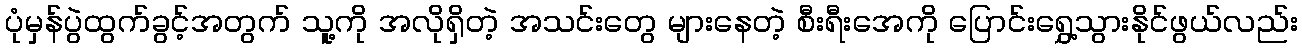
ပုံမှန်ပွဲထွက်ခွင့်အတွက် သူ့ကို အလိုရှိတဲ့ အသင်းတွေ များနေတဲ့ စီးရီးအေကို ပြောင်းရွှေ့သွားနိုင်ဖွယ်လည်း